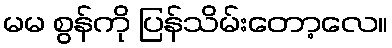
မမ စွန်ကို ပြန်သိမ်းတော့လေ။